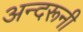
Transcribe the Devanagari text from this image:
अन्‍दरूनी